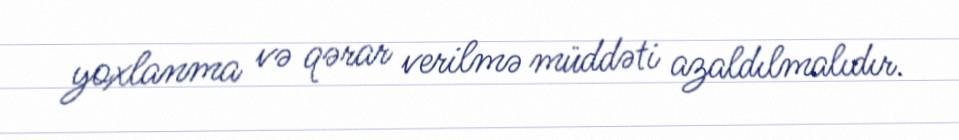
yoxlanma və qərar verilmə müddəti azaldılmalıdır.